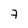
Character: 7